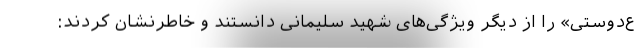
ع‌دوستی» را از دیگر ویژگی‌های شهید سلیمانی دانستند و خاطرنشان کردند: